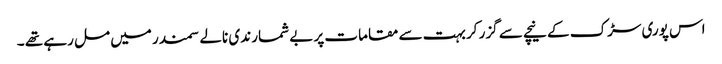
اس پوری سڑک کے نیچے سے گزر کر بہت سے مقامات پر بے شمار ندی نالے سمندر میں مل رہے تھے ۔